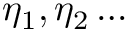
\eta _ { 1 } , \eta _ { 2 } \dots